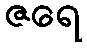
ဇရေ